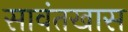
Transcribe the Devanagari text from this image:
सावंतखास